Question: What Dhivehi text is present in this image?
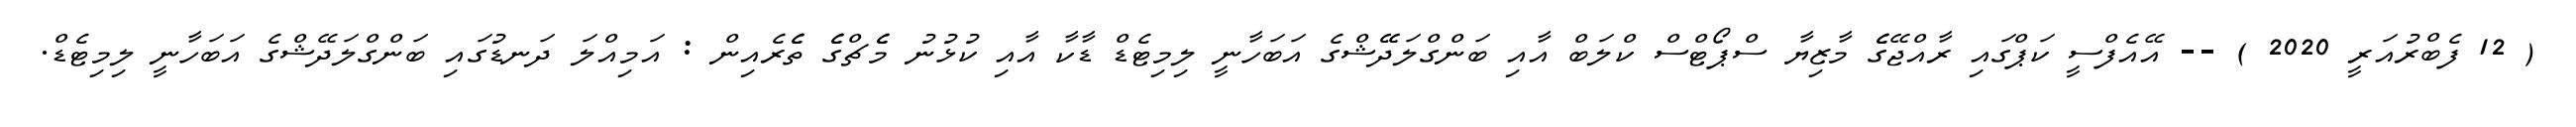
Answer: ( 12 ފެބްރުއަރީ 2020 ) -- އޭއެފްސީ ކަޕްގައި ރާއްޖޭގެެ މާޒިޔާ ސްޕޯޓްސް ކްލަބް އާއި ބަންގްލަދޭޭޝްގެ އަބަހާނީ ލިމިޓެޑް ޑާކާ އާއި ކުޅުނު މެެޗްގެެ ތެެރެއިން : އަމިއްލަ ދަނޑުގައި ބަންގްލަދޭޝްގެ އަބަހާނީ ލިމިޓެޑް.